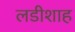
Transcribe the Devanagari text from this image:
लडीशाह